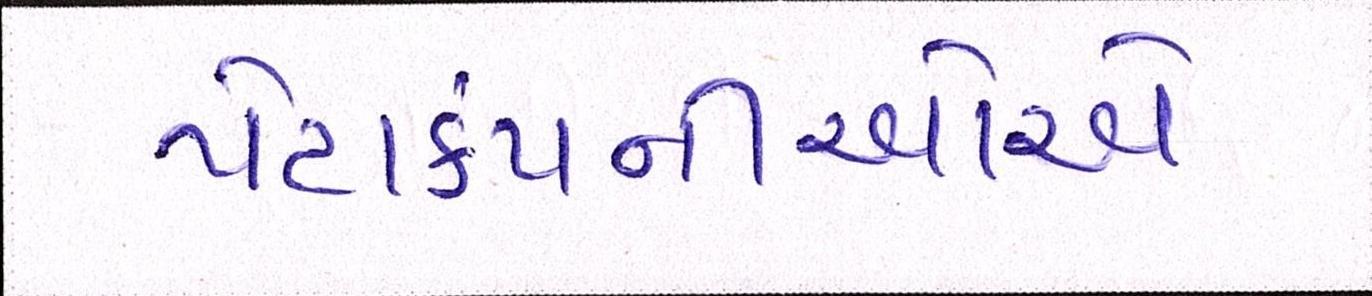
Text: પેટાકંપનીઓએ